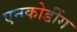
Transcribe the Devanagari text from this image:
एनकोडींग